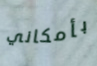
بأمكاني